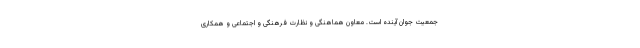
جمعیت جوان آینده است. معاون هماهنگی و نظارت فرهنگی و اجتماعی و همکاری